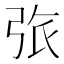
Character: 㢳